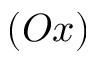
( O x )